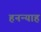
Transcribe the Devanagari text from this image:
हनन्याह